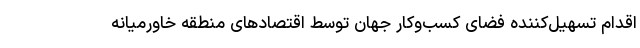
اقدام تسهیل‌کننده فضای کسب‌وکار جهان توسط اقتصادهای منطقه خاورمیانه